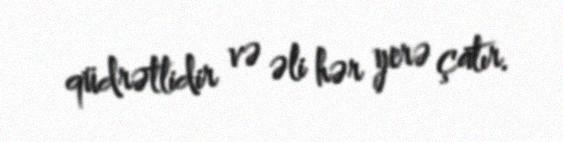
qüdrətlidir və əli hər yerə çatır.